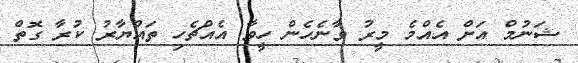
ޝަނުމް އަށް އެއްމެ މީރު ވާނެހެން ހީވާ އެއްޗެހި ތައްޔާރު ކުރާ ގޮތް